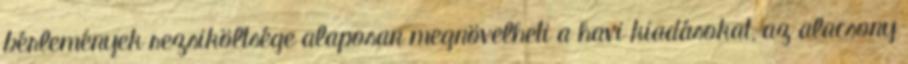
bérlemények rezsiköltsége alaposan megnövelheti a havi kiadásokat, az alacsony